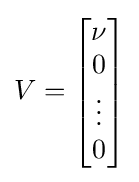
V={\begin{bmatrix}\nu \\0\\\vdots \\0\end{bmatrix}}